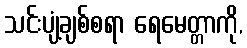
သင်းပျံ့ချစ်စရာ ရေမေတ္တာကို,